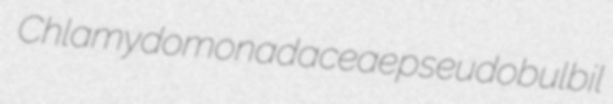
Chlamydomonadaceae pseudobulbil